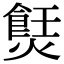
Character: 𤏼